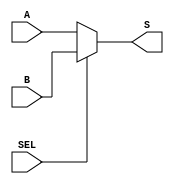
//							Iuri Silva Castro
//			Mestrando em Engenharia Eletrica - PPGEE
//			Universidade Federal de Minas Gerais - UFMG
//									2/2017

// Mux de 4-bit 2 entradas
module Mux4bit2x1 (A, B, S, SEL);

	input SEL;
	input [3:0] A, B;
	output reg [3:0] S;

	always @(A or B or SEL)
	begin
		if (SEL == 0)
			S = A;
		else
			S = B;
	end

endmodule